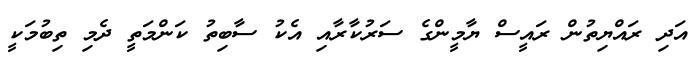
އަދި ރައްޔިތުން ރައީސް ޔާމީންގެ ސަރުކާރާއި އެކު ސާބިތު ކަންމަތީ ދެމި ތިބުމަކީ